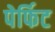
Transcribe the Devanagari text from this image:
पेर्फिट